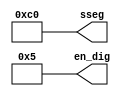
module tes_sseg(
  output [7:0] sseg,
  output [3:0] en_dig
);

  assign sseg[7] = 1;
  assign sseg[6] = 1;
  assign sseg[5] = 0;
  assign sseg[4] = 0;
  assign sseg[3] = 0;
  assign sseg[2] = 0;
  assign sseg[1] = 0;
  assign sseg[0] = 0;
  
  assign en_dig[3] = 0;
  assign en_dig[2] = 1;
  assign en_dig[1] = 0;
  assign en_dig[0] = 1;

endmodule